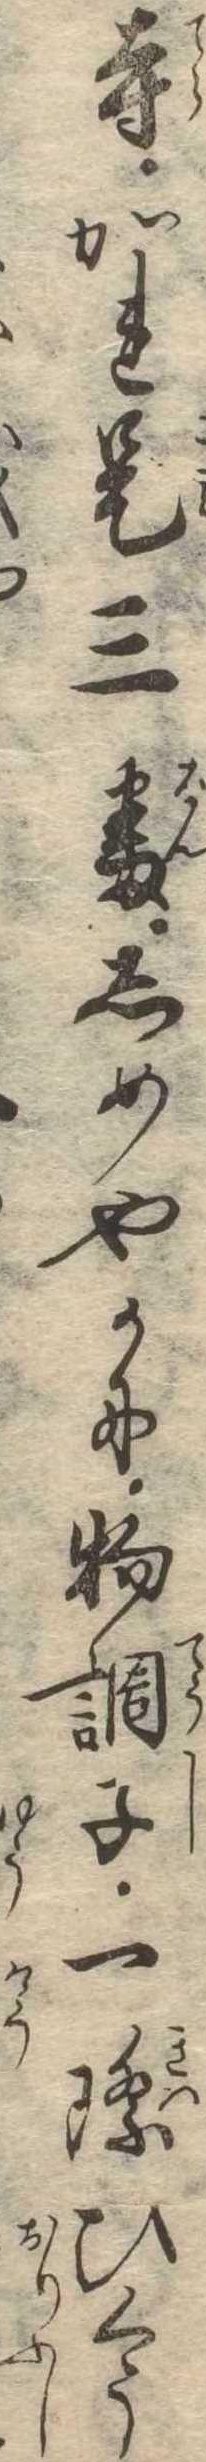
寺かれ是三番しめやかに物調子一際ひくう